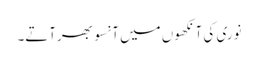
نوری کی آنکھوں میں آنسو بھرآتے۔